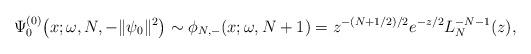
LaTeX: \begin{gather*} \Psi _{0}^{(0) }\big(x;\omega ,N,-\Vert \psi _{0}\Vert ^{2}\big)\sim \phi _{N,-}(x;\omega ,N+1)=z^{-(N+1/2) /2}e^{-z/2} L_{N}^{-N-1}(z) , \end{gather*}